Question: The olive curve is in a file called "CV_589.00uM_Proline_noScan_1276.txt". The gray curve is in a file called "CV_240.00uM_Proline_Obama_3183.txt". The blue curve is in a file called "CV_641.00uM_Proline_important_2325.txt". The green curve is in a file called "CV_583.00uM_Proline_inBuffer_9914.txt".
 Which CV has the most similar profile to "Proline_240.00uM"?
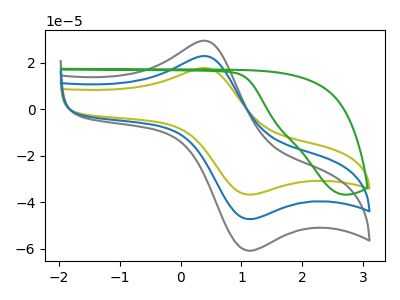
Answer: <think>The olive curve "Proline_589.00uM" has an anodic peak at (0.40V, 17.85uA) and a cathodic peak at (1.05V, -36.50uA). The gray curve "Proline_240.00uM" has an anodic peak at (0.40V, 45.95uA) and a cathodic peak at (1.05V, -93.95uA). The blue curve "Proline_641.00uM" has an anodic peak at (0.40V, 23.00uA) and a cathodic peak at (1.05V, -46.95uA). The green curve "Proline_583.00uM" has no peaks.
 All the peaks in "Proline_589.00uM" have a peak in "Proline_240.00uM" at the same potential. Every peak in "Proline_589.00uM" is lower than every peak in "Proline_240.00uM". All the peaks in "Proline_589.00uM" have a peak in "Proline_641.00uM" at the same potential. Every peak in "Proline_589.00uM" is lower than every peak in "Proline_641.00uM". "Proline_589.00uM" and "Proline_583.00uM" have a different number of peaks. All the peaks in "Proline_240.00uM" have a peak in "Proline_641.00uM" at the same potential. Every peak in "Proline_240.00uM" is higher than every peak in "Proline_641.00uM". "Proline_240.00uM" and "Proline_583.00uM" have a different number of peaks. "Proline_641.00uM" and "Proline_583.00uM" have a different number of peaks.</think>
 <answer>"Proline_240.00uM" and "Proline_641.00uM" have a similar shape to "Proline_589.00uM".</answer>
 <eval>"Proline_240.00uM" "Proline_641.00uM"</eval>